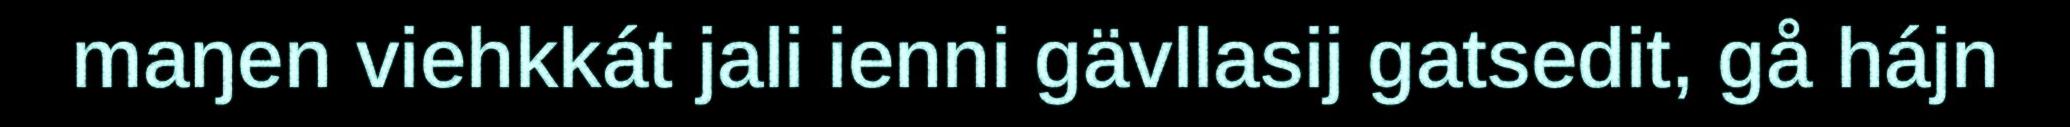
maŋen viehkkát jali ienni gävllasij gatsedit, gå hájn